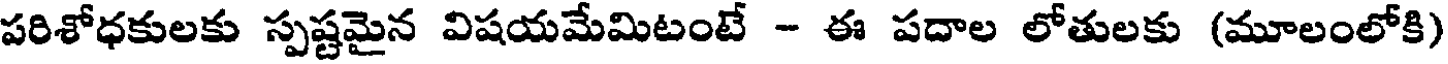
పరిశోధకులకు స్పష్టమైన విషయమేమిటంటే - ఈ పదాల లోతులకు (మూలంలోకి)